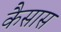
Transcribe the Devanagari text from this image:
कैसास